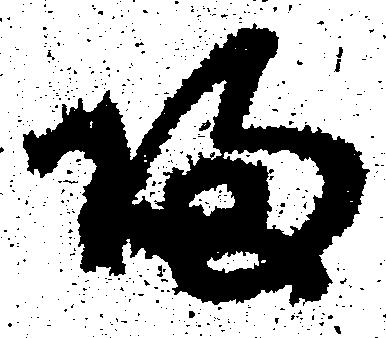
帰